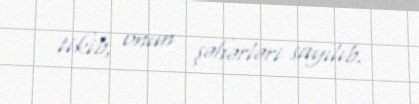
tikib, onun şəhərləri sayılıb.